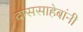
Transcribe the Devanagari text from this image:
दाससाहेबांनी